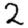
Digit: 2